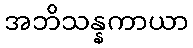
အဘိသန္နကာယာ